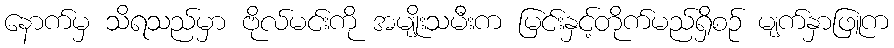
နောက်မှ သိရသည်မှာ ဗိုလ်မင်းကို အမျိုးသမီးက မြင်းနှင့်တိုက်မည်ရှိစဉ် မျက်နှာဖြူက